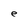
Character: e